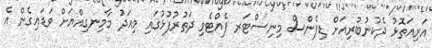
އަރިއަތޮޅު ދެކުނުބުރިއަށް ޑިފެންސް މިނިސްޓަރ ފެއްޓެވި ދަތުރުފުޅުގައި މިއަދު މާމިނގިއްޔަށް ވަޑައިގެން އެ